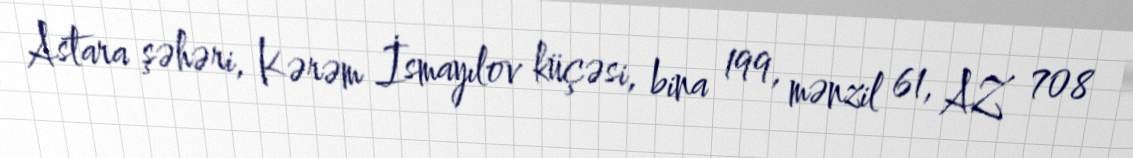
Astara şəhəri, Kərəm İsmayılov küçəsi, bina 199, mənzil 61, AZ 708